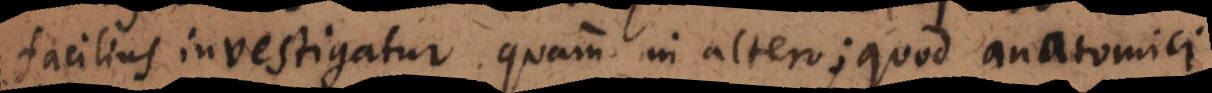
facilius investigatur quam in altero; quod anatomici